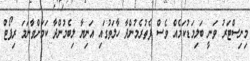
މިނިސްޓަރު ވަނީ ބަލިމަޑުކަމެއް ވެސް ފެތުރެމުންދާ ހާލަތުގައި އަނިޔާ ލިބެމުންދާ ކަމަށްވާނަމަ ރިޕޯޓް